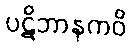
ပဋိဘာနကဝိ